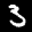
Label: 3